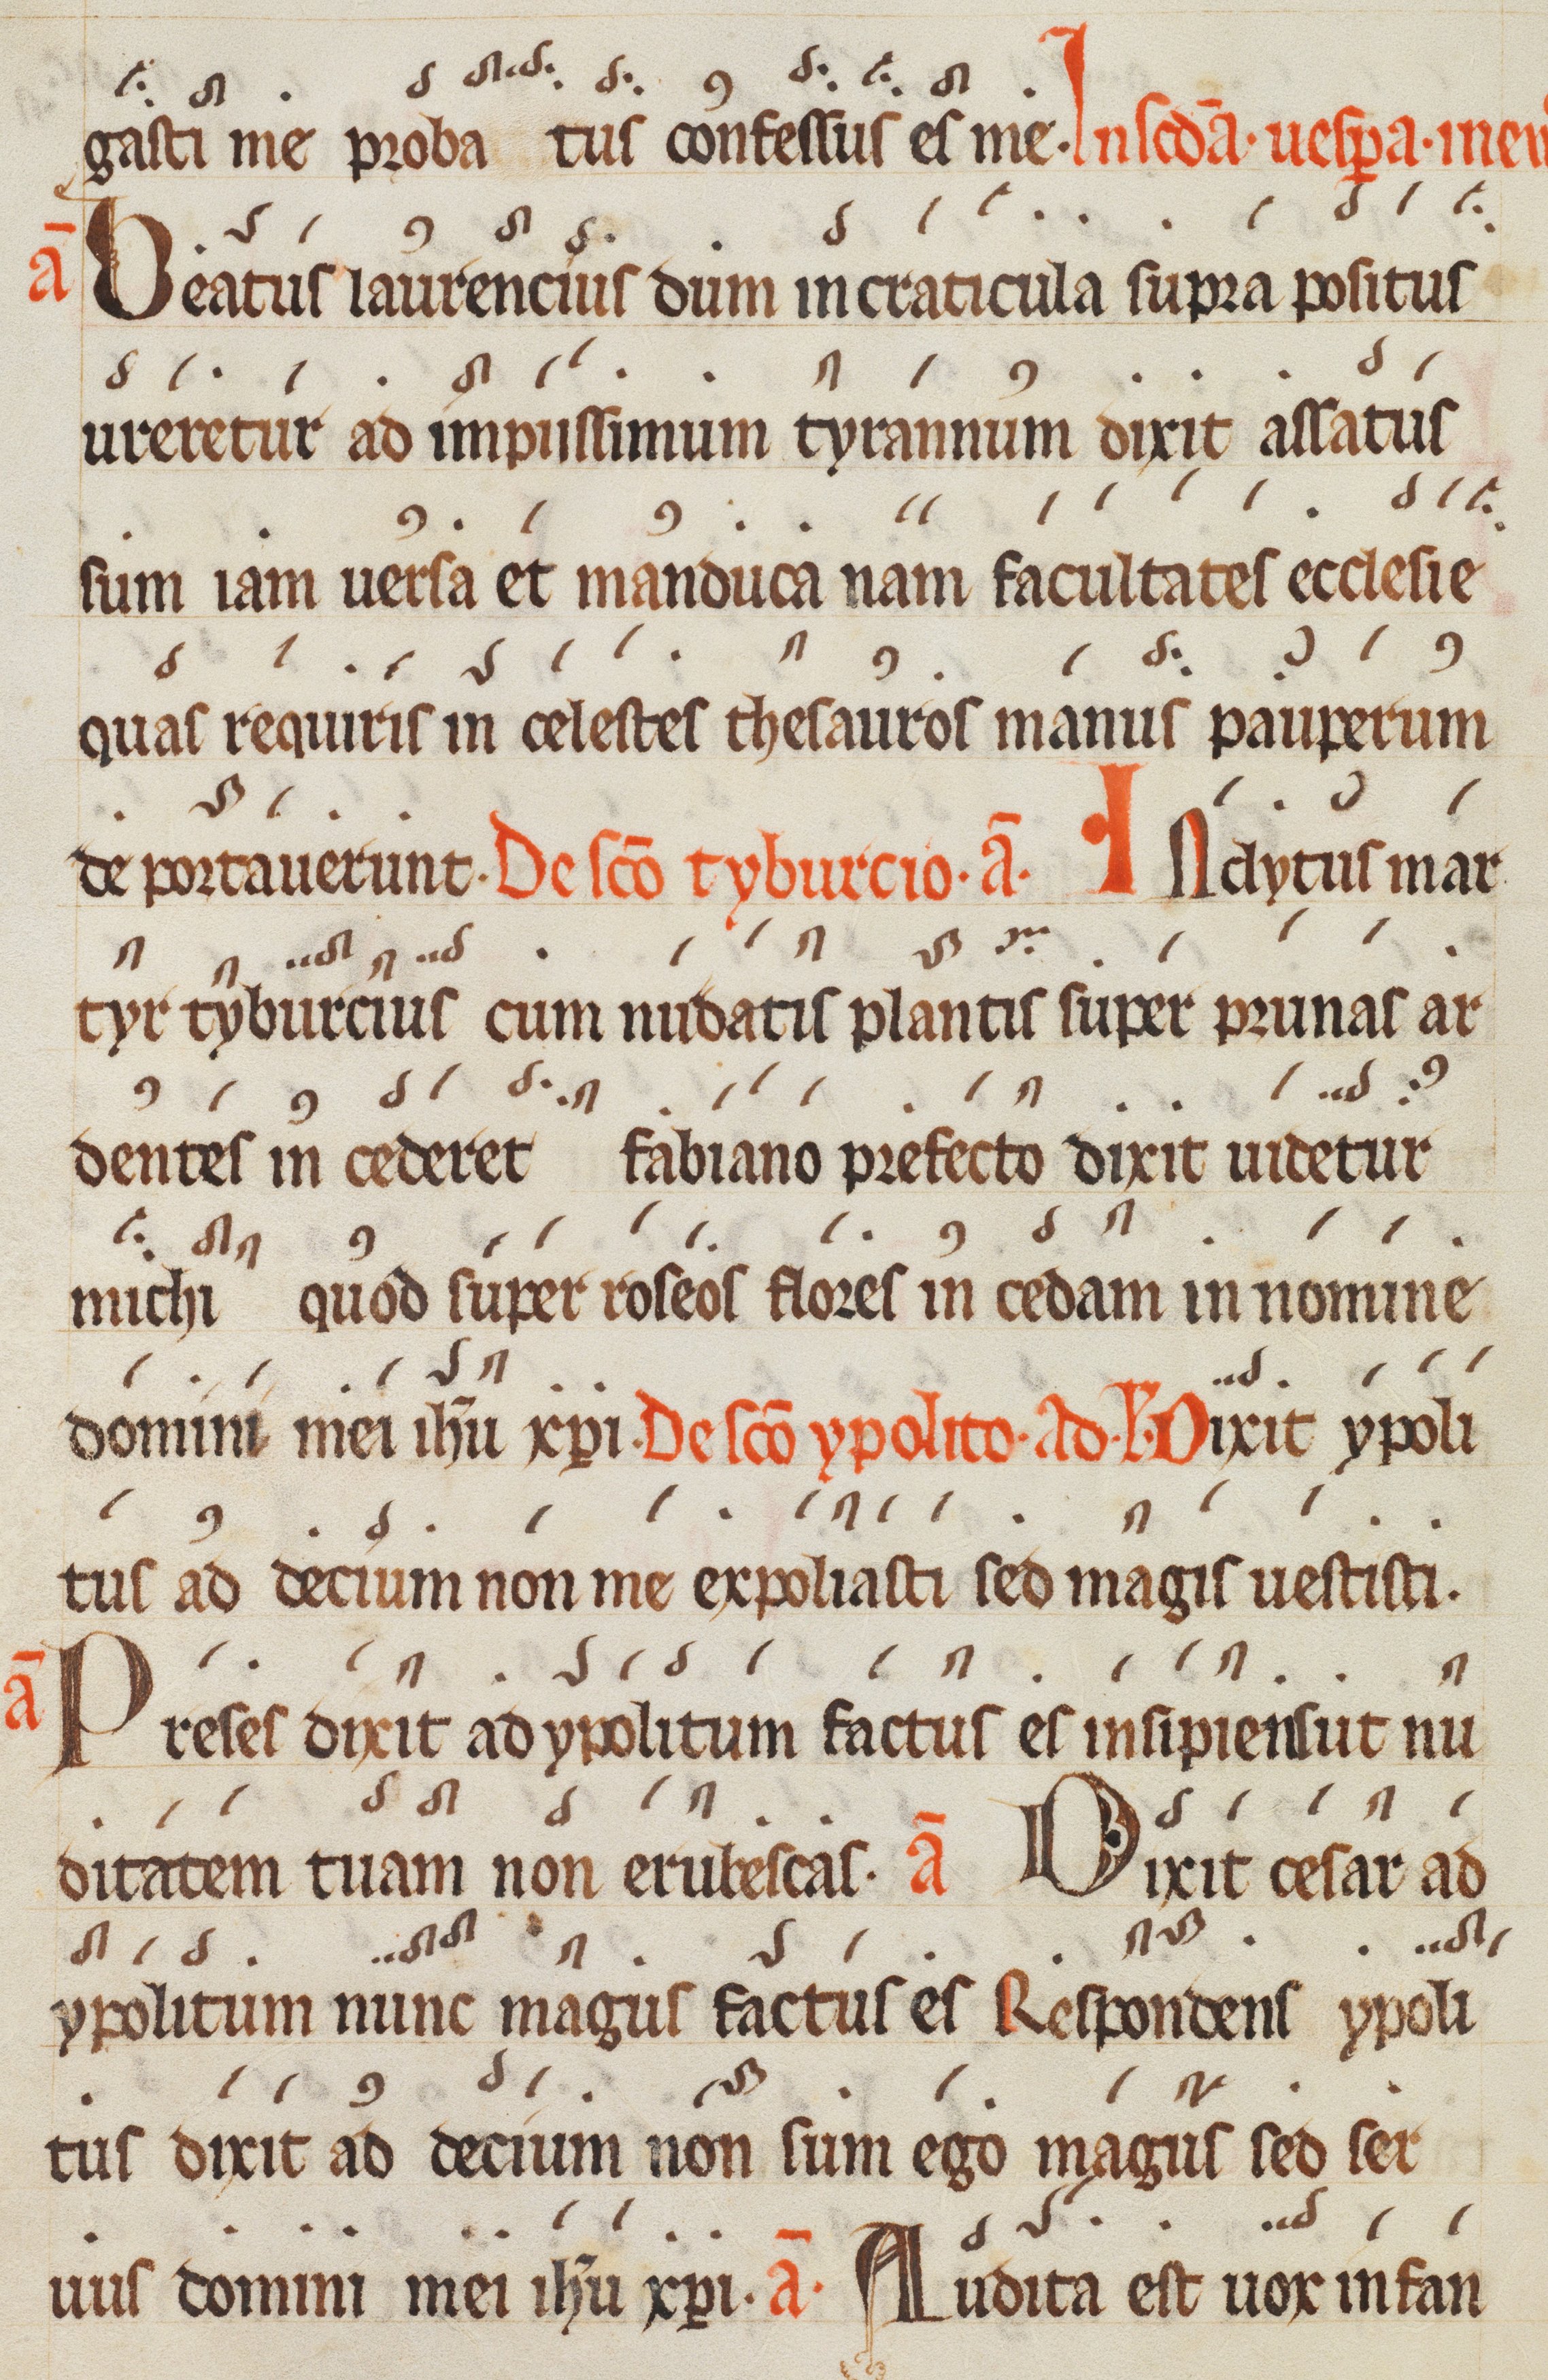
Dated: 1300–1399